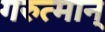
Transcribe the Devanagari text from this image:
गरुत्मान्